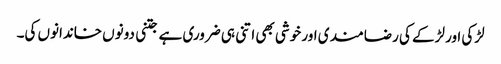
لڑکی اور لڑکے کی رضامند ی اور خوشی بھی اتنی ہی ضروری ہے جتنی دونوں خاندانوں کی۔